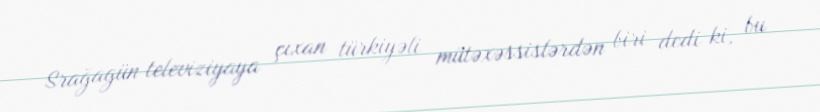
Srağagün televiziyaya çıxan türkiyəli mütəxəssislərdən biri dedi ki, bu